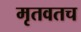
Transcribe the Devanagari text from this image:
मृतवतच